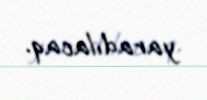
yaradılacaq.